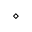
\diamond